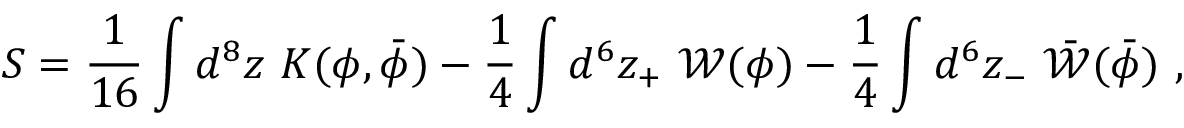
S = \frac { 1 } { 1 6 } \int d ^ { 8 } z \ K ( \phi , { \bar { \phi } } ) - \frac { 1 } { 4 } \int d ^ { 6 } z _ { + } \ { \mathcal W } ( \phi ) - \frac { 1 } { 4 } \int d ^ { 6 } z _ { - } \ { \bar { \mathcal W } } ( { \bar { \phi } } ) \ ,